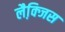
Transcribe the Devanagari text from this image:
लैक्जि़स